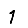
Digit: 1